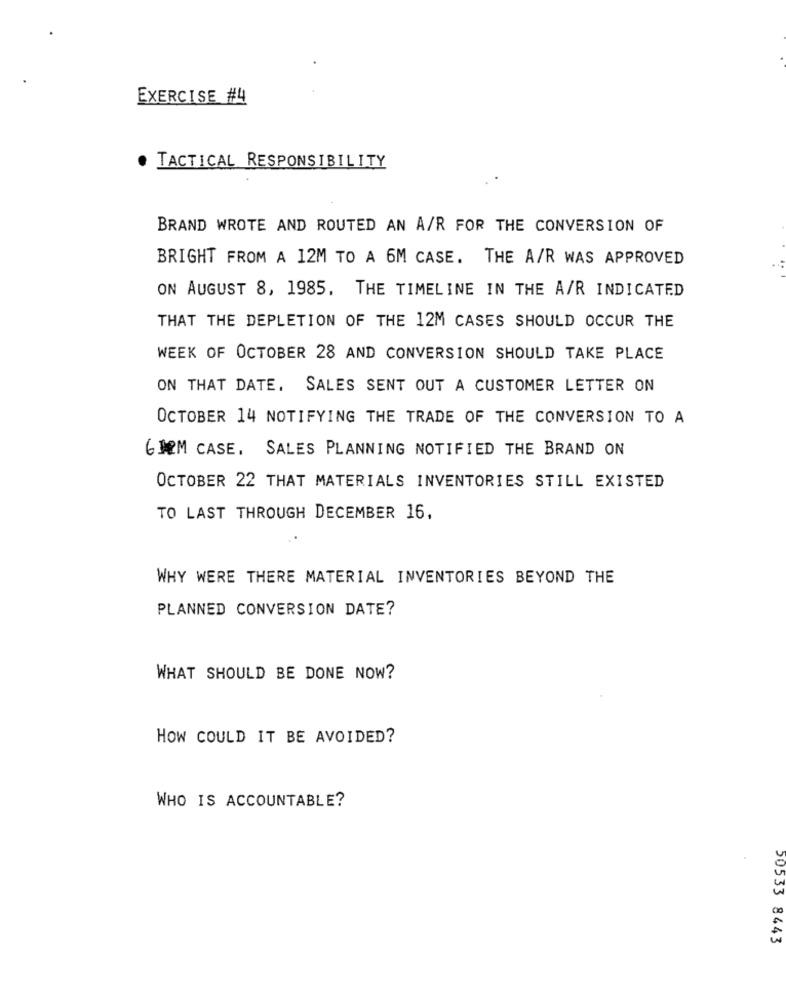
EXERCISE #4
TACTICAL RESPONSIBILITY
BRAND WROTE AND ROUTED AN A/R FOR THE CONVERSION OF
BRIGHT FROM A 12M TO A 6M CASE. THE A/R WAS APPROVED
ON AUGUST 8, 1985. THE TIMELINE IN THE A/R INDICATED
THAT THE DEPLETION OF THE 12M CASES SHOULD OCCUR THE
WEEK OF OCTOBER 28 AND CONVERSION SHOULD TAKE PLACE
ON THAT DATE. SALES SENT OUT A CUSTOMER LETTER ON
OCTOBER 14 NOTIFYING THE TRADE OF THE CONVERSION TO A
6 MM CASE, SALES PLANNING NOTIFIED THE BRAND ON
OCTOBER 22 THAT MATERIALS INVENTORIES STILL EXISTED
TO LAST THROUGH DECEMBER 16,
WHY WERE THERE MATERIAL INVENTORIES BEYOND THE
PLANNED CONVERSION DATE?
WHAT SHOULD BE DONE NOW?
HOW COULD IT BE AVOIDED?
WHO IS ACCOUNTABLE?
50533 8443